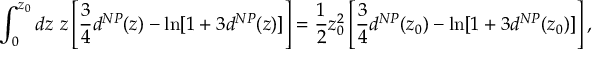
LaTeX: \int _ { 0 } ^ { z _ { 0 } } d z \ z \left[ { \frac { 3 } { 4 } } d ^ { N P } ( z ) - \ln [ 1 + 3 d ^ { N P } ( z ) ] \right] = { \frac { 1 } { 2 } } z _ { 0 } ^ { 2 } \left[ { \frac { 3 } { 4 } } d ^ { N P } ( z _ { 0 } ) - \ln [ 1 + 3 d ^ { N P } ( z _ { 0 } ) ] \right] ,